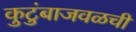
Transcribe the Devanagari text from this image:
कुटुंबाजवळची